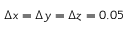
\Delta x = \Delta y = \Delta z = 0 . 0 5